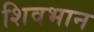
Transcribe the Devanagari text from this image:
शिवभान